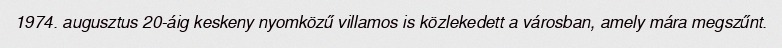
1974. augusztus 20-áig keskeny nyomközű villamos is közlekedett a városban, amely mára megszűnt.